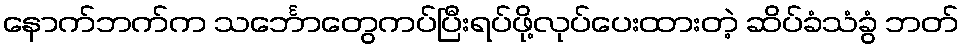
နောက်ဘက်က သင်္ဘောတွေကပ်ပြီးရပ်ဖို့လုပ်ပေးထားတဲ့ ဆိပ်ခံသံခွံ ဘတ်